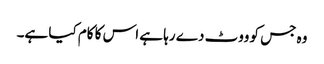
وہ جس کو ووٹ دے رہا ہے اس کا کام کیا ہے۔